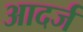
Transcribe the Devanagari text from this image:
आदर्ज